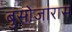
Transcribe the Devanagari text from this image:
बुसोजारास